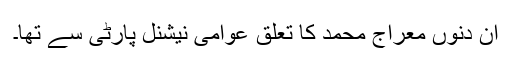
ان دنوں معراج محمد کا تعلق عوامی نیشنل پارٹی سے تھا۔